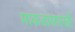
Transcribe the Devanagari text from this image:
माकडासारखी